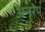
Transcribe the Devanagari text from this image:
अनरेप